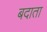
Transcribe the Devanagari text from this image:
बदाता